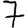
Digit: 7